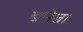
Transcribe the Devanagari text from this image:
खनिज।